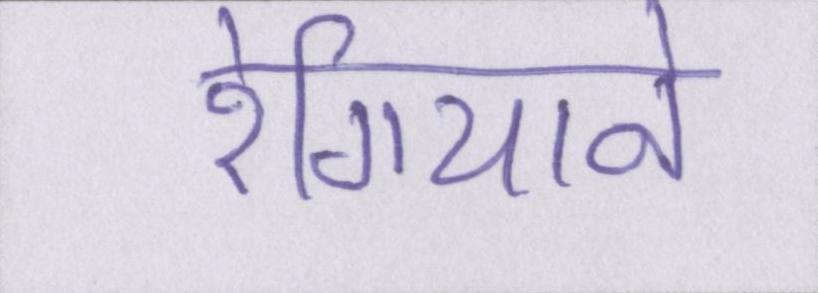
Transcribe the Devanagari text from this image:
रेगियाने